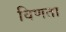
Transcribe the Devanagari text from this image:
विणता